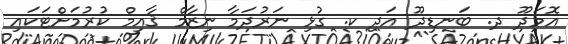
އޮމަދޫ ދ. ބަނޑިދޫ އަދި ކ. ގުޅި ނަރުދަމާ ނިޒާމް ޤާއިމް ކުރުމަށްޓަކައި